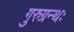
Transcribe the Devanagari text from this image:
गुरुग्रन्थः